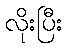
လိုးပြီး